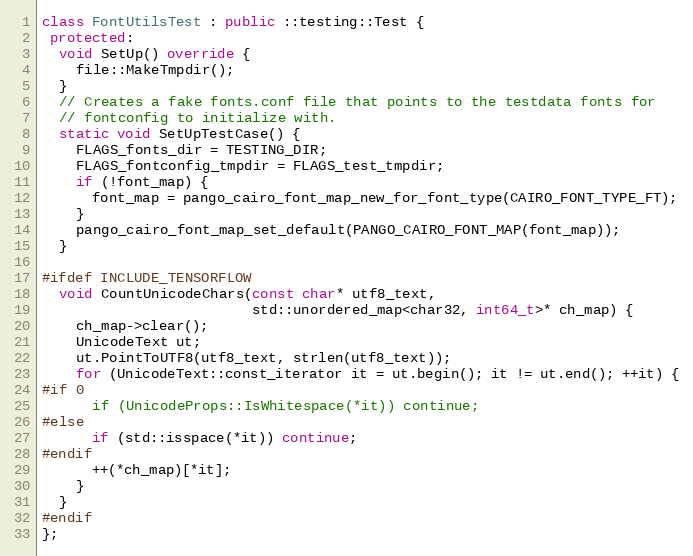
Language: C++
class FontUtilsTest : public ::testing::Test {
 protected:
  void SetUp() override {
    file::MakeTmpdir();
  }
  // Creates a fake fonts.conf file that points to the testdata fonts for
  // fontconfig to initialize with.
  static void SetUpTestCase() {
    FLAGS_fonts_dir = TESTING_DIR;
    FLAGS_fontconfig_tmpdir = FLAGS_test_tmpdir;
    if (!font_map) {
      font_map = pango_cairo_font_map_new_for_font_type(CAIRO_FONT_TYPE_FT);
    }
    pango_cairo_font_map_set_default(PANGO_CAIRO_FONT_MAP(font_map));
  }

#ifdef INCLUDE_TENSORFLOW
  void CountUnicodeChars(const char* utf8_text,
                         std::unordered_map<char32, int64_t>* ch_map) {
    ch_map->clear();
    UnicodeText ut;
    ut.PointToUTF8(utf8_text, strlen(utf8_text));
    for (UnicodeText::const_iterator it = ut.begin(); it != ut.end(); ++it) {
#if 0
      if (UnicodeProps::IsWhitespace(*it)) continue;
#else
      if (std::isspace(*it)) continue;
#endif
      ++(*ch_map)[*it];
    }
  }
#endif
};